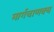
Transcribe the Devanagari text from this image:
मार्गचाणक्य